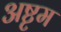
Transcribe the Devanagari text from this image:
अष्टृम